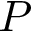
P